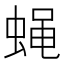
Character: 蝇